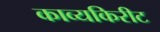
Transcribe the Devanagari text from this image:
काव्यकिरीट